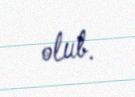
olub.